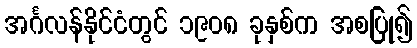
အင်္ဂလန်နိုင်ငံတွင် ၁၉၀၈ ခုနှစ်က အစပြု၍